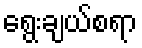
ရွေးချယ်စရာ